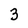
Character: 3